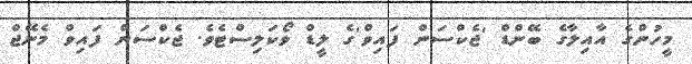
މީހުންގެ އާއިލާގެ ބޭންޑް 'ޖެކްސަން ފައިވް'ގެ ލީޑް ވޯކަލިސްޓެވެ. ޖެކްސަން ފައިވް މެނޭޖް